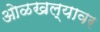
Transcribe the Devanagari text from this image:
ओळखल्यावर